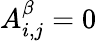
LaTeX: A_{i,j}^{\beta}=0